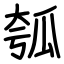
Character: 瓠